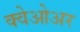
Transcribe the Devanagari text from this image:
क्वेओअर